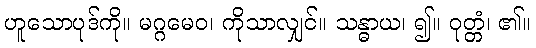
ဟူသောပုဒ်ကို။ မဂ္ဂမေဝ၊ ကိုသာလျှင်။ သန္ဓာယ၊ ၍။ ဝုတ္တံ၊ ၏။